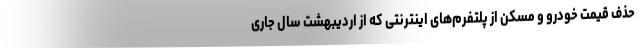
حذف قیمت خودرو و مسکن از پلتفرم‌های اینترنتی که از اردیبهشت سال جاری